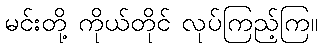
မင်းတို့ ကိုယ်တိုင် လုပ်ကြည့်ကြ။